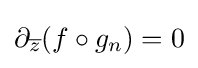
\displaystyle {\partial _{\overline {z}}(f\circ g_{n})=0}